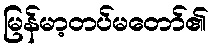
မြန်မာ့တပ်မတော်၏